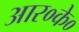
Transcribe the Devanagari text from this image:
आर०के०